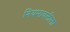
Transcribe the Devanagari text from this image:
नियमावलीला